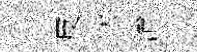
皮状㳙